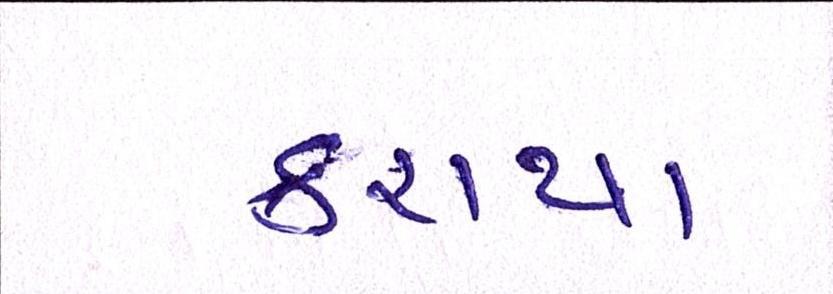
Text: કરાયા